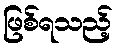
ဖြစ်ရသည့်